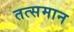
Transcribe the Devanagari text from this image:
तत्समान